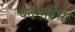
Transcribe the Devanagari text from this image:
पदमहिमा